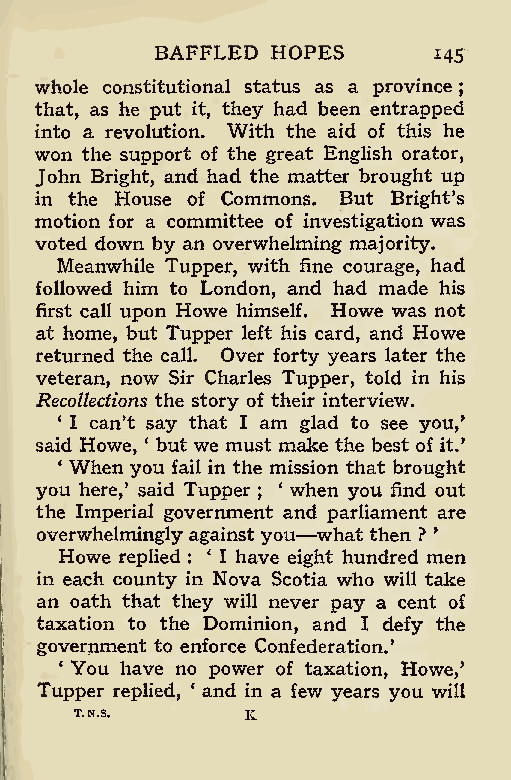
;
 BAFFLED HOPES
 145
 whole constitutional status as a province
 that, as he put it, they had been entrapped
 into a revolution. With the aid of this he
 won the support of the great English orator,
 John Bright, and had the matter brought up
 in the House of Commons. But Bright’s
 motion for a committee of investigation was
 voted down by an overwhelming majority.
 Meanwhile Tupper, with fine courage, had
 followed him to London, and had made his
 first call upon Howe himself. Howe was not
 at home, but Tupper left his card, and Howe
 returned the call. Over forty years later the
 veteran, now Sir Charles Tupper, told in his
 Recollections the story of their interview.
 ‘ I can’t say that I am glad to see you/
 said Howe, ‘ but we must make the best of it.’
 4 When you fail in the mission that brought
 you here,’ said Tupper ‘ when you find out
 ;
 the Imperial government an —d parliament are
 overwhelmingly against you what then ? ’
 Howe replied : ‘ I have eight hundred men
 in each county in Nova Scotia who will take
 an oath that they will never pay a cent of
 taxation to the Dominion, and I defy the
 government to enforce Confederation.’
 ‘ You have no power of taxation, Howe/
 Tupper replied, ‘ and in a few years you will
 T.N.S.     K